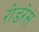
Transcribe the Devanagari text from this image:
रोडरेस